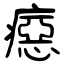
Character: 癋